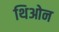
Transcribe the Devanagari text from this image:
थिओन